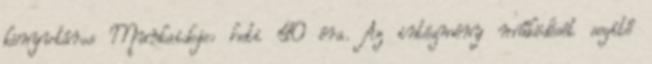
könyvtáros Munkaideje: heti 40 óra. Az intézmény működését segítő